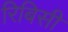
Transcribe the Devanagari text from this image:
रिबिसी